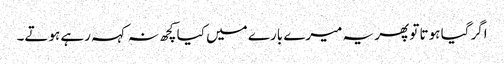
اگر گیا ہوتا تو پھر یہ میرے بارے میں کیا کچھ نہ کہہ رہے ہوتے۔